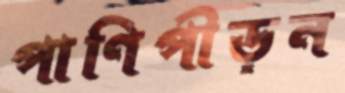
পাণিপীড়ন